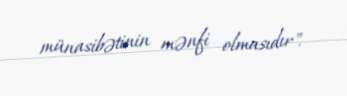
münasibətinin mənfi olmasıdır".